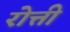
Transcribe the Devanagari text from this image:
रोत्ती